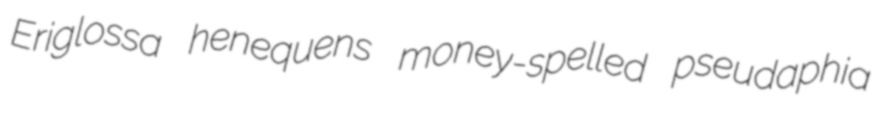
Eriglossa henequens money-spelled pseudaphia